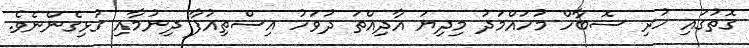
ގޮތުގައި ހުރި ސޮބާހް މުހައްމަދު މިދިޔަ އާދިއްތަ ދުވަހު އިސްތިއުފާ ދިނުމާއި ގުޅިގެންނެވެ.